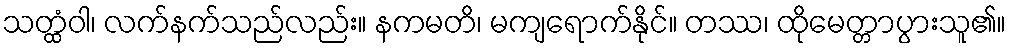
သတ္ထံဝါ၊ လက်နက်သည်လည်း။ နကမတိ၊ မကျရောက်နိုင်။ တဿ၊ ထိုမေတ္တာပွားသူ၏။